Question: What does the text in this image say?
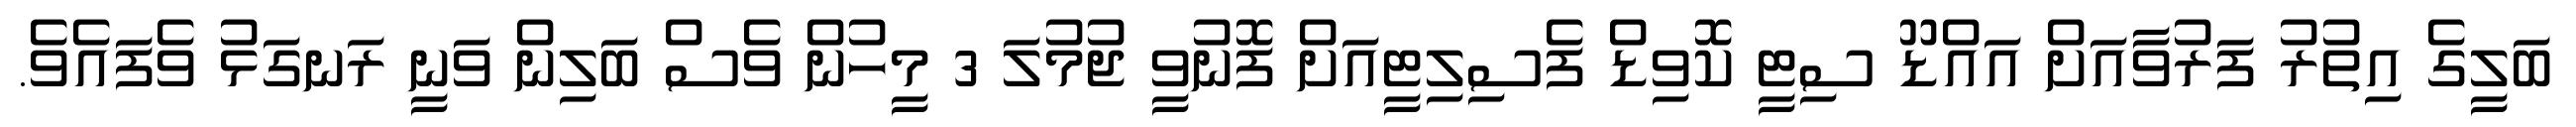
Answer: ބަލީގެ އިތުރު ފަރުވާއަށް އައްޑޫ ސިޓީ ކޮވިޑް ފެސިލިޓީއަށް ފޮނުވީ ޖުމުލަ 3 މީހުން ވެސް ބަލިން ވަނީ ރަނގަޅު ވެފައެވެ.